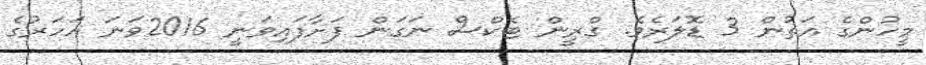
މީހުންގެ އަތުން 3 ޑޮލަރެވެ. ގްރީން ޓެކްސް ނަގަން ފަށާފައިވަނީ 2016ވަނަ އަހަރުގެ